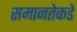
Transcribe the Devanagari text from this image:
समानतेकडे